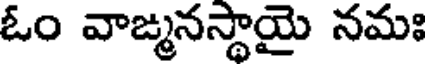
ఓం వాఙ్మనస్థాయై నమః